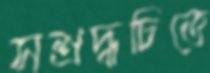
সশ্রদ্ধচিত্তে